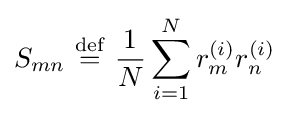
S_{mn}\ {\stackrel {\mathrm {def} }{=}}\ {\frac {1}{N}}\sum _{i=1}^{N}r_{m}^{(i)}r_{n}^{(i)}